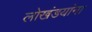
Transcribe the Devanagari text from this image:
लोखंडयांना